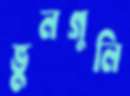
ভুলগুলি